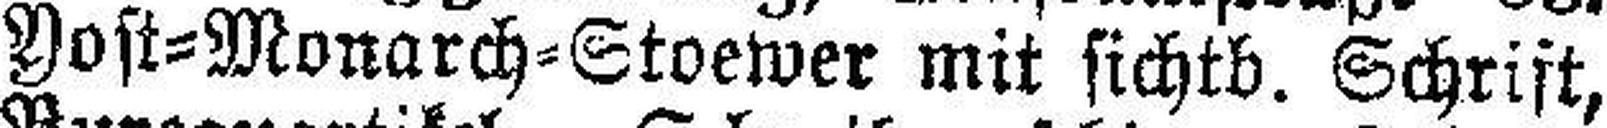
Yost=Monarch=Stoewer mit sichtb. Schrift,